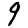
Digit: 9